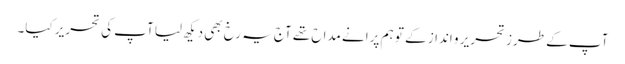
آپ کے طرز تحریر و انداز کے تو ہم پرانے مداح تھے آج یہ رخ بھی دیکھ لیا آپ کی تحریر کیا۔